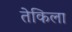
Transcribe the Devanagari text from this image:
तेकिला